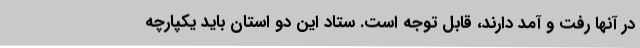
در آنها رفت و آمد دارند، قابل توجه است. ستاد این دو استان باید یکپارچه